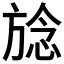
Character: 𪯺